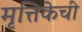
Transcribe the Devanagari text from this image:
मृत्तिकेची